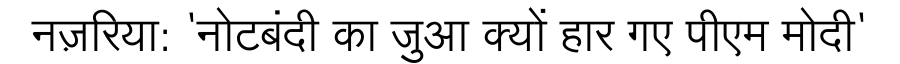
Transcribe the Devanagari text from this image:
नज़रिया: 'नोटबंदी का जुआ क्यों हार गए पीएम मोदी'